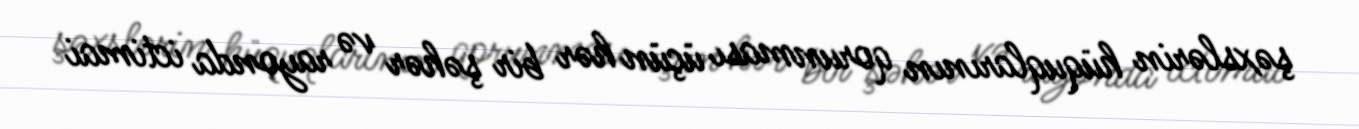
şəxslərin hüquqlarının qorunması üçün hər bir şəhər və rayonda ictimai